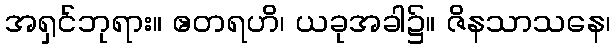
အရှင်ဘုရား။ ဧတရဟိ၊ ယခုအခါ၌။ ဇိနသာသနေ၊